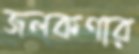
জলকণার